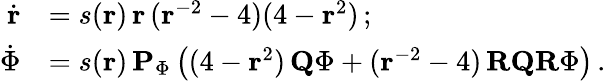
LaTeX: \begin{array}{rl}{\dot{\mathbf{r}}}&{=s(\mathbf{r})\, \mathbf{r}\, (\mathbf{r}^{-2}-4)(4-\mathbf{r}^{2})\, ;}\\ {\dot{\Phi}}&{=s(\mathbf{r})\, \mathbf{P}_{\Phi}\left((4-\mathbf{r}^{2})\, \mathbf{Q}\Phi+(\mathbf{r}^{-2}-4)\, \mathbf{R}\mathbf{Q}\mathbf{R}\Phi\right)\, .}\end{array}